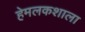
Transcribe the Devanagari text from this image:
हेमलकशाला